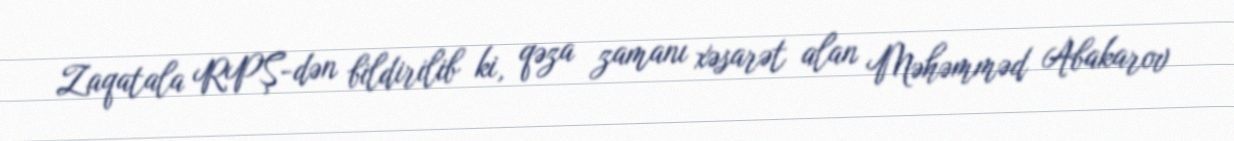
Zaqatala RPŞ-dən bildirilib ki, qəza zamanı xəsarət alan Məhəmməd Abakarov